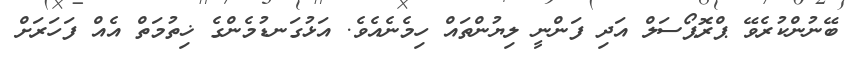
ބޭނުންކުރެވޭ ޕްރޮޕޯސަލް އަދި ފަންނީ ލިޔުންތައް ހިމެނެއެވެ. އަޅުގަނޑުމެންގެ ޚިތުމަތް އެއް ފަހަރަށް